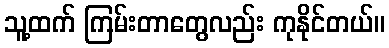
သူ့ထက် ကြမ်းတာတွေလည်း ကုနိုင်တယ်။